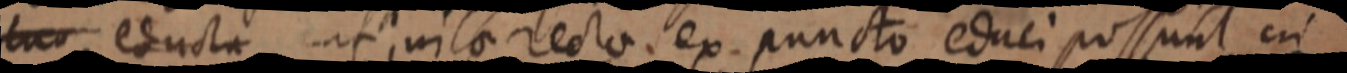
_ educta infinitae rectae. ex. puncto educi possunt cui